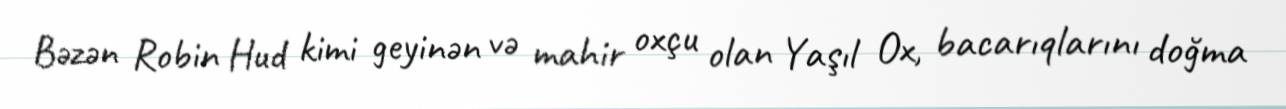
Bəzən Robin Hud kimi geyinən və mahir oxçu olan Yaşıl Ox, bacarıqlarını doğma